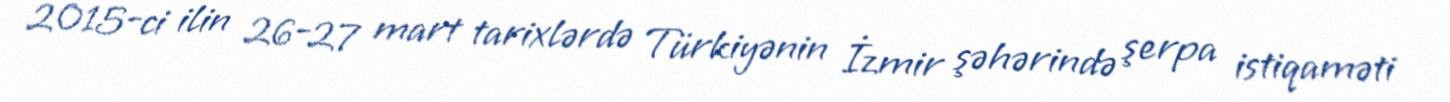
2015-ci ilin 26-27 mart tarixlərdə Türkiyənin İzmir şəhərində şerpa istiqaməti